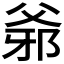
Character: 𤕓